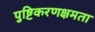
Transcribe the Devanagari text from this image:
पुष्टिकरणक्षमता